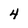
Character: 4